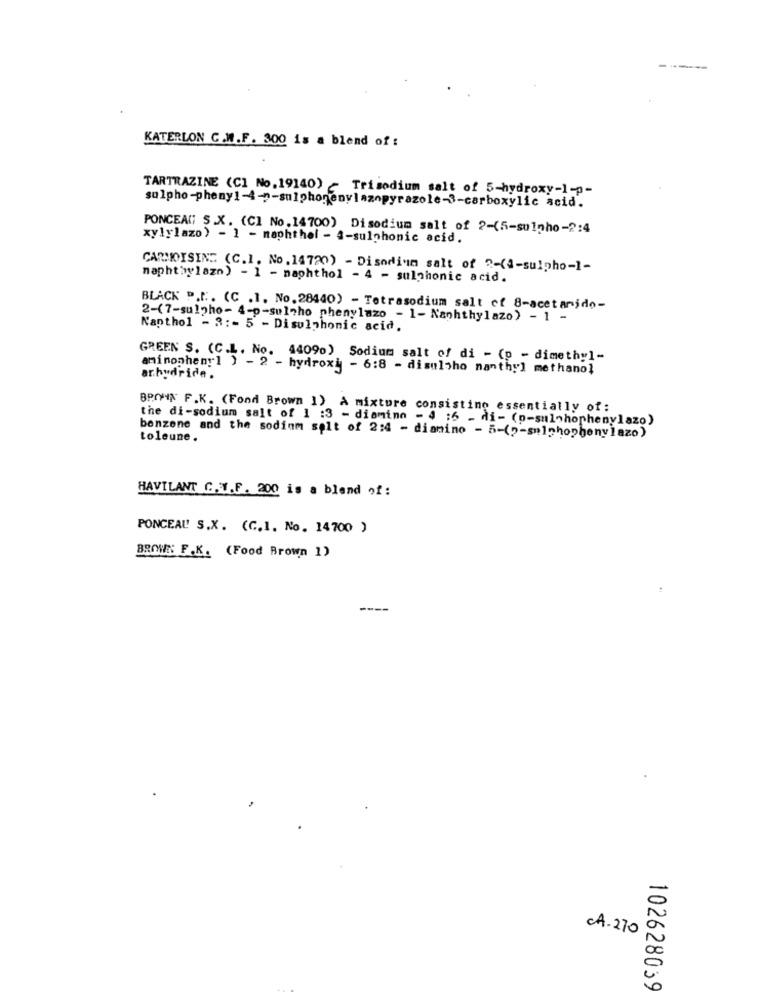
KATERLON C.W.F. 300 is a blend of :
TARTRAZINE (CI No.19140) - Trisodium salt of 5-hydroxy-1-p-
sulpho-phenyl-4-n-sulphonenylazapyrazole-3-carboxylic acid.
PONCEAU S .X. (CI No.14700) Disodium salt of 2-(5-sulpho-2:4
xylylazo) - 1 - naphthel - 4-sulphonic acid.
CARMOISINE (C.I. No. 14720) - Disodium salt of ?- (4-sulpho-1-
napht:wlazn) - 1 - naphthol - 4 - sulphonic acid.
BLACK P.N .. (C .1. No.28440) - Tetrasodium salt of 8-acetarido-
2-(7-sulpho- 4-p-sulpho phenylazo - 1- Naphthylazo) - 1 -
Kanthol - 3 :- 5 - Disulphonic acid.
GREEN S. (C.L. No. 44090) Sodium salt of di - (p - dimethyl-
aminonhenyl ) - 2 - hydroxy - 6:8 - disuloho nanthy] methanol
arhydride .
BROWN F.K. (Fond Brown 1) A mixture consisting essentially of:
the di-sodium salt of 1 :3 - diamine - 4 :6 - di- (p-sulphophenylazo)
benzene and the sodium selt of 2:4 - diamino - 5-(2-sulphophenylazo)
toleune.
HAVILANT C.V.F. 200 is a blend of :
PONCEAL! S.X. (C.I. No. 14700 )
BROWN F.K. (Food Brown 1)
CA.270
102628039